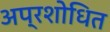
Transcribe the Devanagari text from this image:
अप्रशोधित